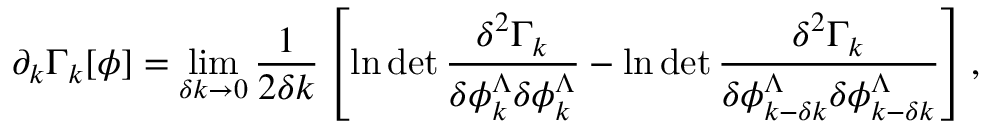
\partial _ { k } \Gamma _ { k } [ \phi ] = \operatorname * { l i m } _ { \delta k \to 0 } \frac { 1 } { 2 \delta k } \left[ \ln \operatorname * { d e t } \frac { \delta ^ { 2 } \Gamma _ { k } } { \delta \phi _ { k } ^ { \Lambda } \delta \phi _ { k } ^ { \Lambda } } - \ln \operatorname * { d e t } \frac { \delta ^ { 2 } \Gamma _ { k } } { \delta \phi _ { k - \delta k } ^ { \Lambda } \delta \phi _ { k - \delta k } ^ { \Lambda } } \right] ,